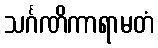
သင်္ဂဏိကာရာမတံ